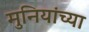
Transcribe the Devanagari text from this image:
मुनियांच्या